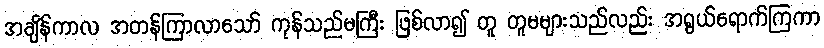
အချိန်ကာလ အတန်ကြာလာသော် ကုန်သည်မကြီး ဖြစ်လာ၍ တူ တူမများသည်လည်း အရွယ်ရောက်ကြကာ